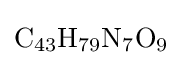
{\ce {C43H79N7O9}}